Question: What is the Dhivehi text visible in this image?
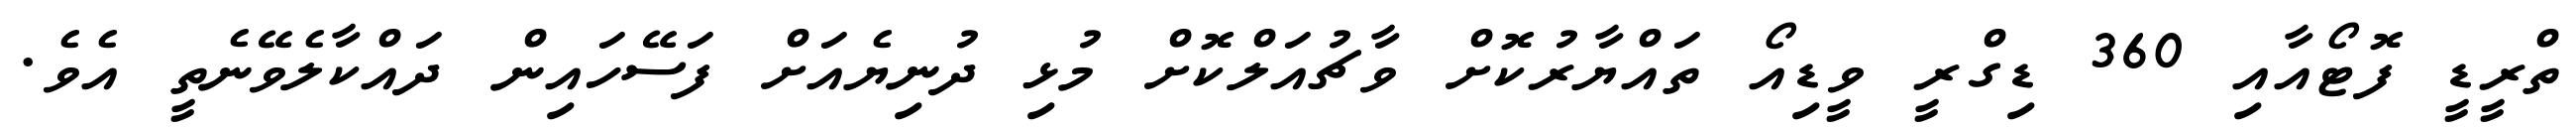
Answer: ތްރީޑީ ފޮޓޯއާއި 360 ޑިގްރީ ވީޑިއޯ ތައްޔާރުކޮށް ވާޗުއަލްކޮށް މުޅި ދުނިޔެއަށް ފަސޭހައިން ދައްކާލެވޭނެތީ އެވެ.